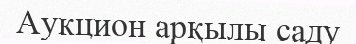
Аукцион арқылы саду